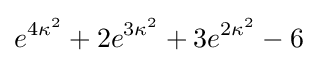
e^{4\kappa ^{2}}+2e^{3\kappa ^{2}}+3e^{2\kappa ^{2}}-6